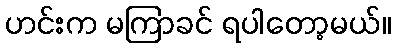
ဟင်းက မကြာခင် ရပါတော့မယ်။